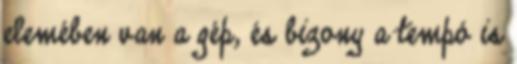
elemében van a gép, és bizony a tempó is